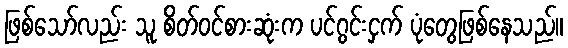
ဖြစ်သော်လည်း သူ စိတ်ဝင်စားဆုံးက ပင်ဂွင်းငှက် ပုံတွေဖြစ်နေသည်။